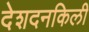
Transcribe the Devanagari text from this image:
देशदनकिली